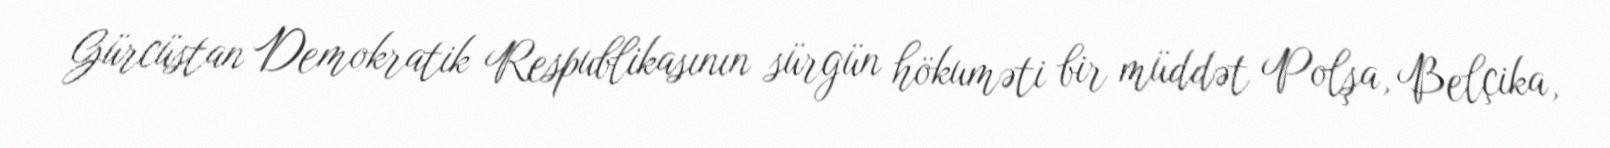
Gürcüstan Demokratik Respublikasının sürgün hökuməti bir müddət Polşa, Belçika,